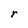
Character: r